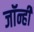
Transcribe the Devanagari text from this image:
जॉन्ही